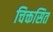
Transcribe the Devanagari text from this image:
चिक्तसित